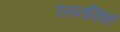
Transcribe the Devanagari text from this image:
रतनसिह